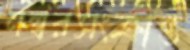
নম্বরসংক্রান্ত